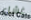
غشاء